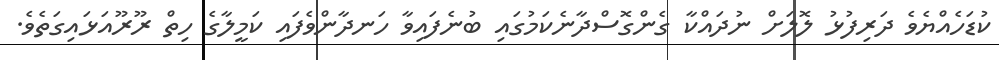
ކުޑަހެއްޔެވެ ދަރިފުޅު ލޮލަށް ނުދައްކާ ގެންގޮސްދާނެކަމުގައި ބުނެފައިވާ ހަނދާންވެފައި ކަމީލާގެ ހިތް ރޫރޫއަޅައިގަތެވެ.